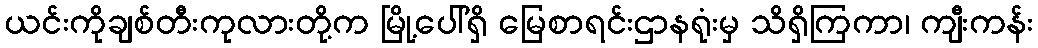
ယင်းကိုချစ်တီးကုလားတို့က မြို့ပေါ်ရှိ မြေစာရင်းဌာနရုံးမှ သိရှိကြကာ၊ ကျီးကန်း